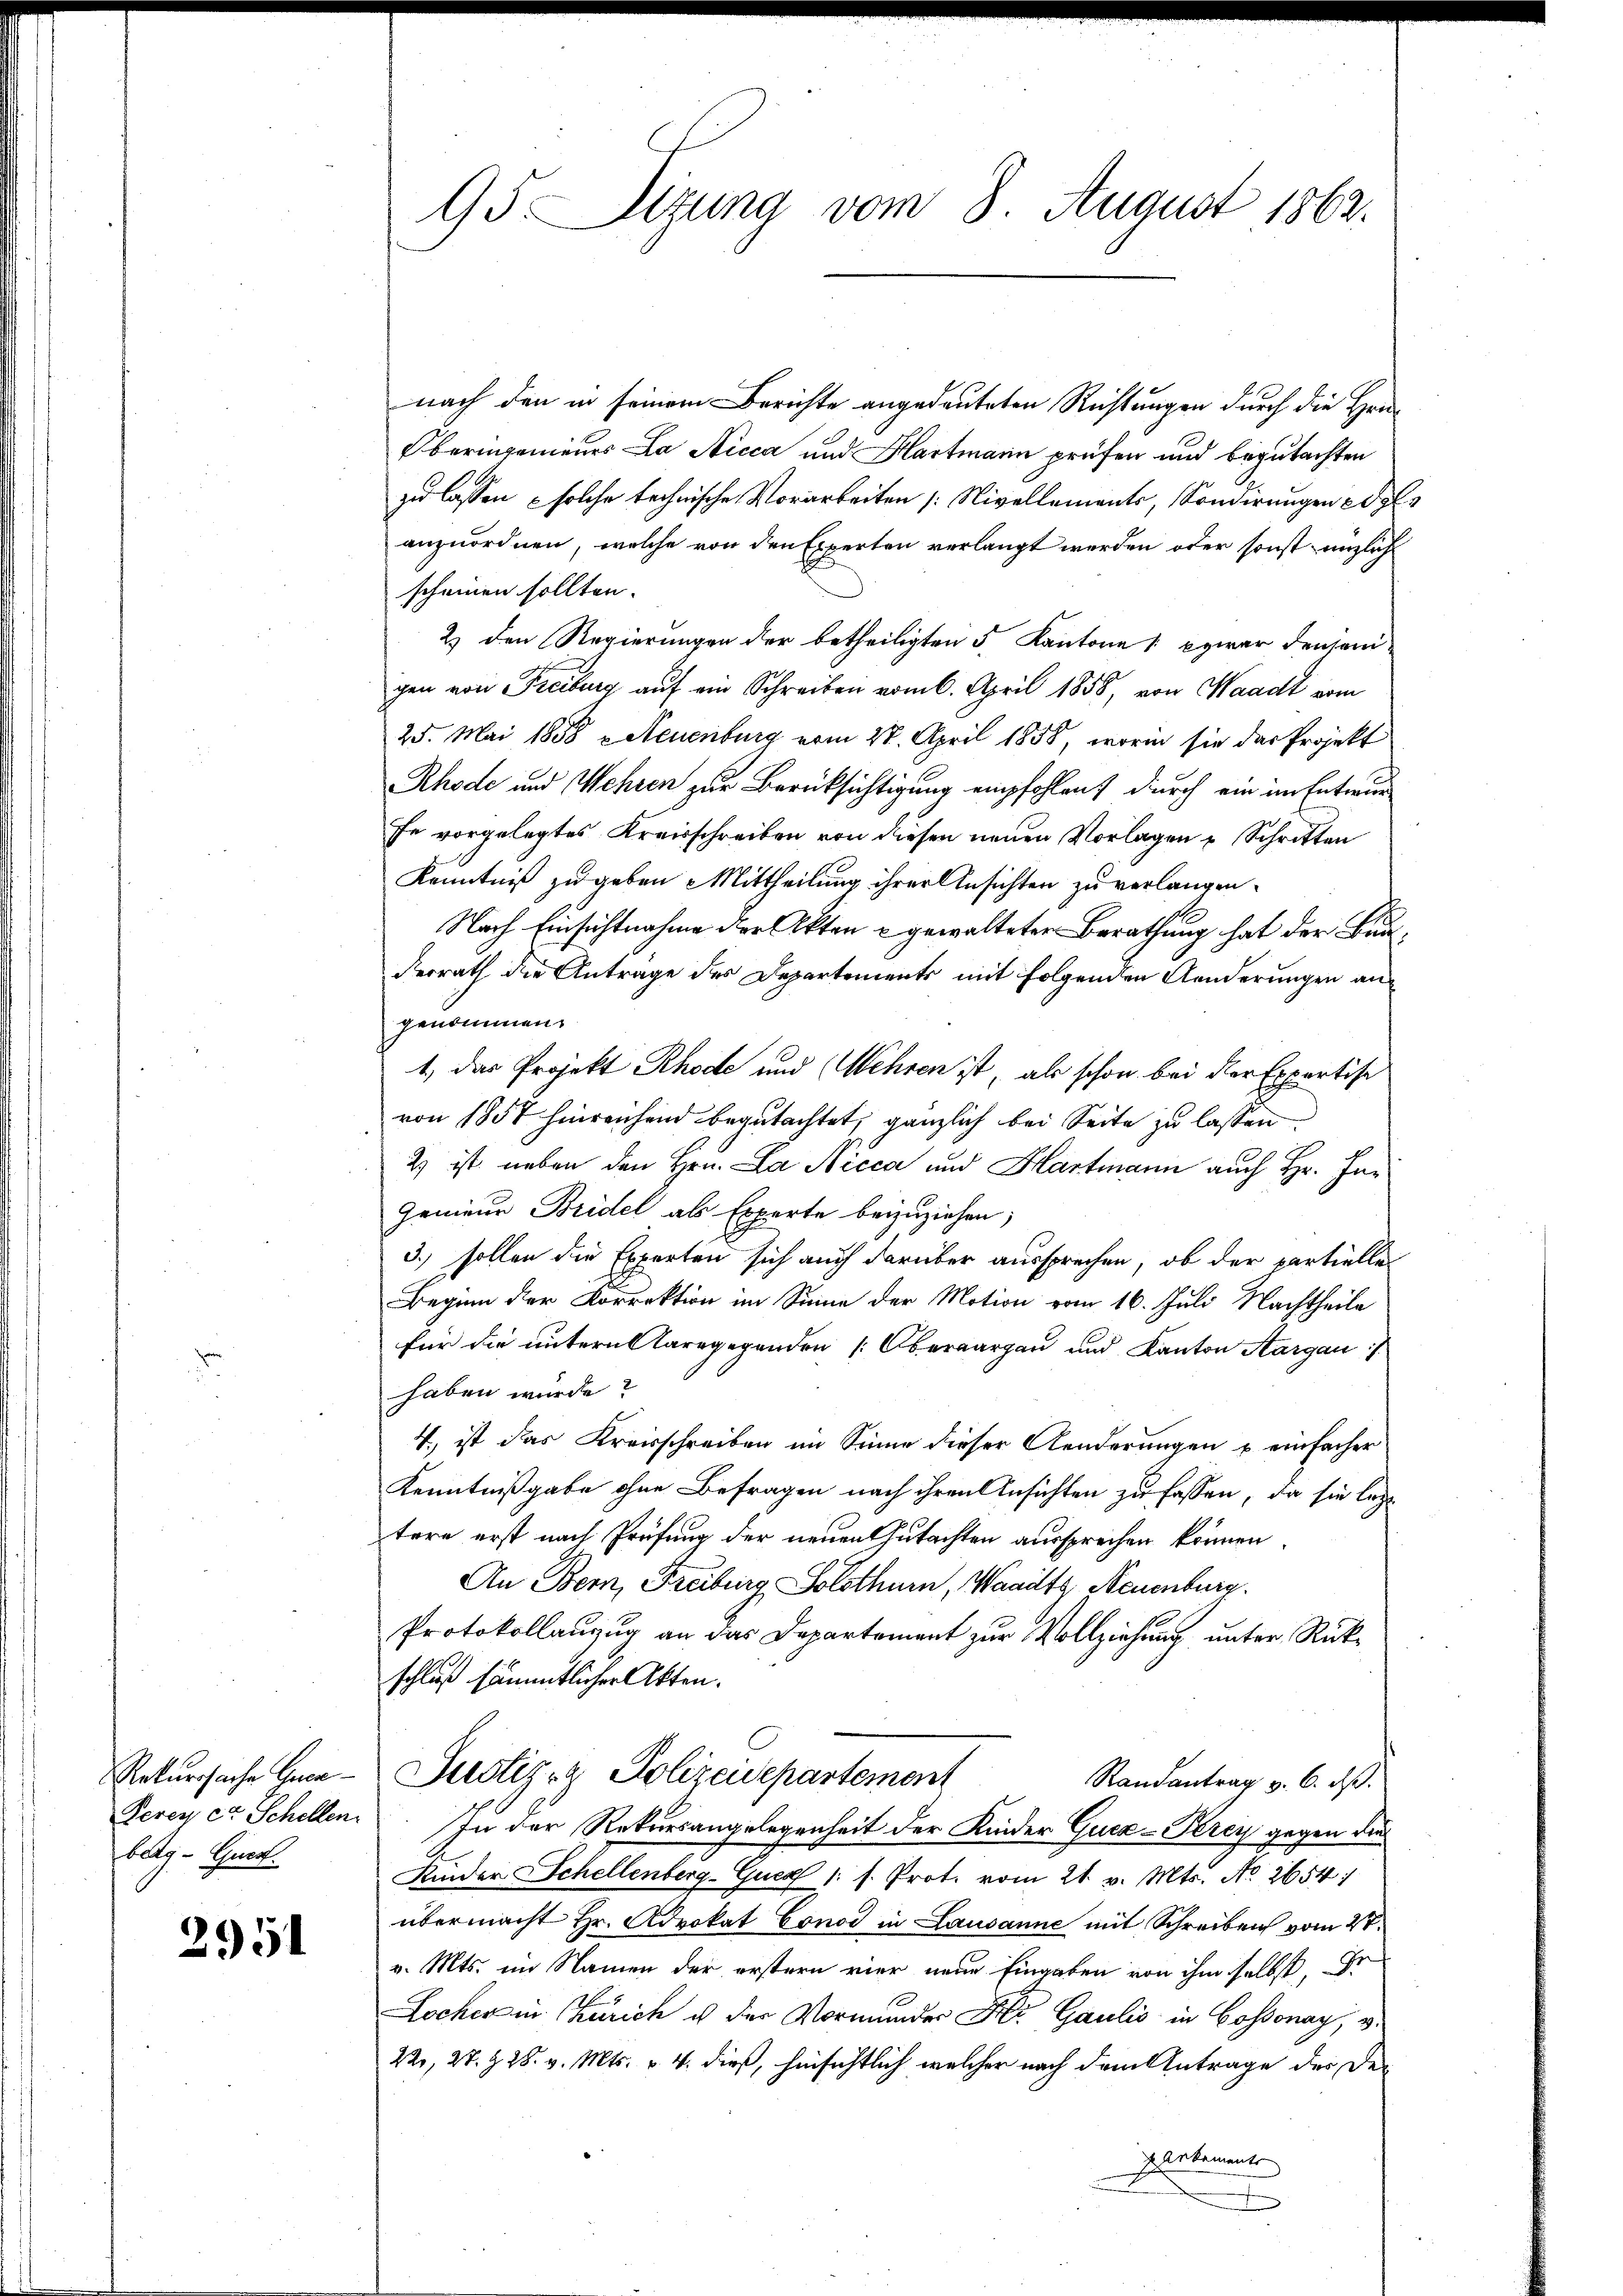
belg-Guert.

2951

nach den in seinem Berichte angedeuteten Richtungen durch die Her¬
Oberingenieues La Nicca und Hartmann prüfen und begutachten
zu lassen – solche technische Vorarbeiten Nivellements, Sondirungen edl
anzuordnen, welche von den Experten verlangt werden oder sonst unglich
scheinen sollten.
2.) den Regierungen der betheiligten 5 Kantone zwar denjenigen von Freiburg aŭf ein Schreiben vom 6. April 1858, von Waadt vom
25. Mai 1858 u. Neuenburg vom 27. April 1858, worin sie das Projekt
Rhode und Wehren zur Berücksichtigung empfohlen, durch ein im Entwurfe vorgelegtes Kreisschreiben von diesen neuen Vorlagen u Schritten
Kenntniß zu geben Mittheilung ihrer Ansichten zu verlangen.
Nach Einsichtnahme der Akten u gewalteten Berathung hat der Bunderrath die Antrage des Departements mit folgenden Aenderungen an
genommen.
1., das Projekt Rhode und Mehren ist, als schon bei der Expertise
von 1857 hinreichend begutachtet, gänzlich bei Seite zu lassen
2) ist neben den Hrn. La Nicca und Hartmann auch Hr. In¬
Genieur Bridel als Experte beizuziehen;
3.) sollen die Experten sich auch darüber aussprechen, ob der partielle
Beginn der Korrektion im Sinne der Motion vom 16. Juli Nachtheile
für die unternstlergegenden (Oberaargau und Kanton Aargau:
haben würde?
V, ist das Kreisschreiben im Sinne dieser Aenderungen u. einfacher
Kenntnißgabe ohne Befragen nach ihren Ansichten zu fassen, da sie legt
tere erst nach Prüfung der neuen Gutachten aussprechen können.
An Bern, Freiburg Solothurn, Waadt, Neuenburg.
Protokollanzug an das Departement zur Vollziehung unter Rückschluß sämmtlicher Akten.
Rekurssache Gene-Justiz- & Polizeidepartement
Randantrag v. 6. ds.
Perey et Schellen. In der Rekursangelegenheit der Kinder Guca-Perey gegen die
Kinder Schellenberg-Guez 1. s. Prot. vom 21. v. Mts. No. 2654
übermacht Hr. Advokat Conod in Lausanne mit Schreiben vom 28.
v. Mts. im Namen der erstern vier neue Eingaben von ihm selbst, de
Locher in Zürich u. der Vormunder Frei Gaulis in Cossonay, v.
22, 27. § 28. v. Mts. v. 4. dieß, hinsichtlich welcher nach dem Antrage des der
Parkements
n

95. Sizung vom 8. August 1862.